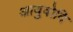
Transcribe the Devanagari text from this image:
आयुवोदि